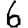
Digit: 6